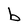
Character: b